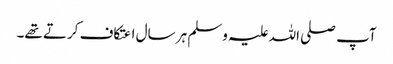
آپ صلی اللہ علیہ وسلم ہر سال اعتکاف کرتے تھے۔